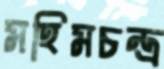
মহিমচন্দ্র